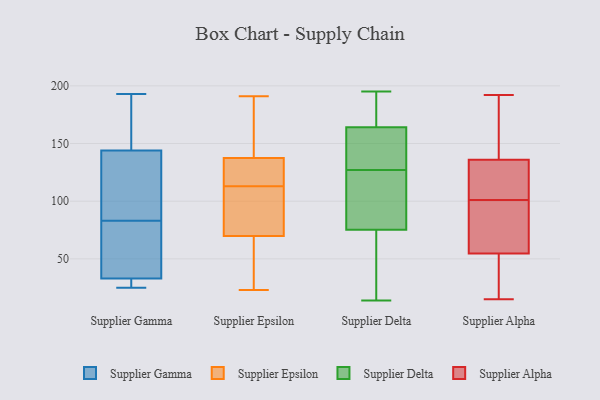
{"axis": {"x": "Budget (USD K)", "y": "Value"}, "legend": ["Supplier Alpha", "Supplier Delta", "Supplier Epsilon", "Supplier Gamma"], "data": [{"x": "", "y": 144, "type": "Supplier Gamma"}, {"x": "", "y": 33, "type": "Supplier Gamma"}, {"x": "", "y": 193, "type": "Supplier Gamma"}, {"x": "", "y": 25, "type": "Supplier Gamma"}, {"x": "", "y": 76, "type": "Supplier Gamma"}, {"x": "", "y": 90, "type": "Supplier Gamma"}, {"x": "", "y": 38, "type": "Supplier Gamma"}, {"x": "", "y": 28, "type": "Supplier Gamma"}, {"x": "", "y": 187, "type": "Supplier Gamma"}, {"x": "", "y": 136, "type": "Supplier Gamma"}, {"x": "", "y": 87, "type": "Supplier Epsilon"}, {"x": "", "y": 64, "type": "Supplier Epsilon"}, {"x": "", "y": 112, "type": "Supplier Epsilon"}, {"x": "", "y": 191, "type": "Supplier Epsilon"}, {"x": "", "y": 23, "type": "Supplier Epsilon"}, {"x": "", "y": 139, "type": "Supplier Epsilon"}, {"x": "", "y": 37, "type": "Supplier Epsilon"}, {"x": "", "y": 146, "type": "Supplier Epsilon"}, {"x": "", "y": 126, "type": "Supplier Epsilon"}, {"x": "", "y": 113, "type": "Supplier Epsilon"}, {"x": "", "y": 133, "type": "Supplier Epsilon"}, {"x": "", "y": 69, "type": "Supplier Delta"}, {"x": "", "y": 45, "type": "Supplier Delta"}, {"x": "", "y": 71, "type": "Supplier Delta"}, {"x": "", "y": 14, "type": "Supplier Delta"}, {"x": "", "y": 89, "type": "Supplier Delta"}, {"x": "", "y": 165, "type": "Supplier Delta"}, {"x": "", "y": 172, "type": "Supplier Delta"}, {"x": "", "y": 127, "type": "Supplier Delta"}, {"x": "", "y": 160, "type": "Supplier Delta"}, {"x": "", "y": 161, "type": "Supplier Delta"}, {"x": "", "y": 103, "type": "Supplier Delta"}, {"x": "", "y": 37, "type": "Supplier Delta"}, {"x": "", "y": 99, "type": "Supplier Delta"}, {"x": "", "y": 150, "type": "Supplier Delta"}, {"x": "", "y": 88, "type": "Supplier Delta"}, {"x": "", "y": 184, "type": "Supplier Delta"}, {"x": "", "y": 194, "type": "Supplier Delta"}, {"x": "", "y": 195, "type": "Supplier Delta"}, {"x": "", "y": 128, "type": "Supplier Delta"}, {"x": "", "y": 55, "type": "Supplier Alpha"}, {"x": "", "y": 101, "type": "Supplier Alpha"}, {"x": "", "y": 56, "type": "Supplier Alpha"}, {"x": "", "y": 101, "type": "Supplier Alpha"}, {"x": "", "y": 151, "type": "Supplier Alpha"}, {"x": "", "y": 158, "type": "Supplier Alpha"}, {"x": "", "y": 25, "type": "Supplier Alpha"}, {"x": "", "y": 178, "type": "Supplier Alpha"}, {"x": "", "y": 50, "type": "Supplier Alpha"}, {"x": "", "y": 92, "type": "Supplier Alpha"}, {"x": "", "y": 131, "type": "Supplier Alpha"}, {"x": "", "y": 64, "type": "Supplier Alpha"}, {"x": "", "y": 101, "type": "Supplier Alpha"}, {"x": "", "y": 54, "type": "Supplier Alpha"}, {"x": "", "y": 110, "type": "Supplier Alpha"}, {"x": "", "y": 192, "type": "Supplier Alpha"}, {"x": "", "y": 15, "type": "Supplier Alpha"}]}